Vaccine operations Central Provinces 1886-1899 - 1886-1899
Year: 1886
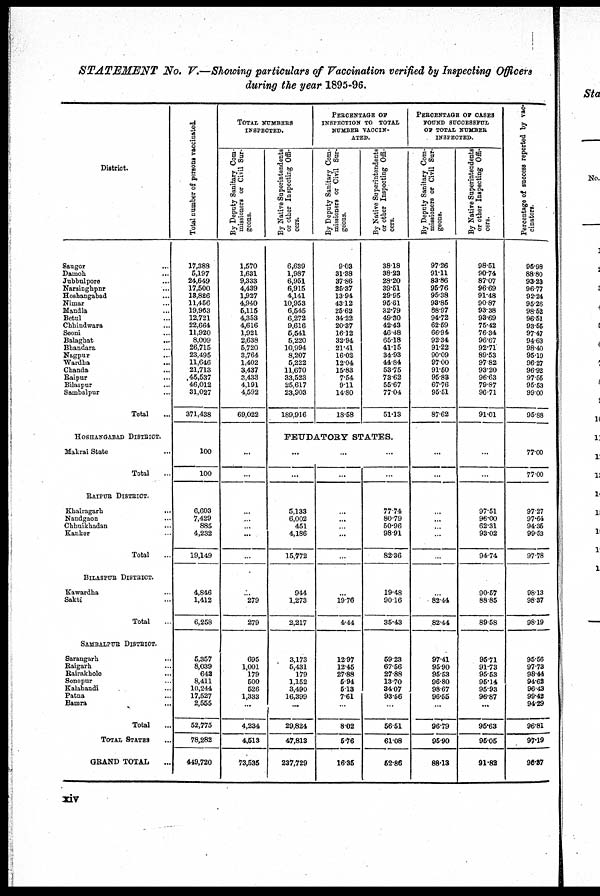
STATEMENT No. V.—Showing particulars of Vaccination verified by Inspecting Officers
during the year 1895-96.
District.
Saugor ...
Damoh ...
Jubbulpore ...
Narsinghpur ...
Hoshangabad ...
Nimar ...
Mandla ...
Betul ...
Chhindwara ...
Seoni ...
Balaghat ...
Bhandara ...
Nagpur ...
Wardha ...
Chanda ...
Baipur ...
Bilaspur ...
Sambalpur ...
Total ...
HOSHANGABAD DISTRICT.
Makrai State ...
Total ...
RAIPUR DISTRICT.
Khairagarh
...
Nandgaon ...
Chhuikhadan ...
Kanker ...
Total ...
BILASPUR DISTRICT.
Kawardha...
Sakti ...
Total ...
SAMBALPUR DISTRICT.
Sarangarh
...
Raigarh ...
Rairakhole ...
Sonepur ...
Kalahandi ...
Patna ...
Bamra ...
Total ...
TOTAL STATES ...
GRAND TOTAL ...
Total number of persons vaccinated.
17,388
5,197
24,649
17,500
13,826
11,456
19,963
12,721
22,664
11,920
8,009
26,715
23,495
11,646
21,713
45,537
46,012
31,027
371,438
100
100
6,603
7,429
885
4,232
19,149
4,846
1,412
6,258
5,357
8,039
642
8,411
10,244
17,527
2,555
52,775
78,282
449,720
TOTAL NUMBERS
INSPECTED.
By Deputy Sanitary Com-
missioners or Civil Sur-
geons.
1,570
1,631
9,333
4,439
1,927
4,940
5,115
4,353
4,616
1,921
2,638
5,720
3,764
1,402
3,437
3,433
4,191
4,592
69,022
...
...
...
...
...
...
...
...
279
279
695
1,001
179
500
526
1,333
...
4,234
4,513
73,535
By Native Superintendents
or other Inspecting Offi-
cers.
6,639
1,987
6,951
6,915
4,141
10,953
6,545
6,272
9,616
5,541
5,220
10,994
8,207
5,222
11,670
33,523
25,617
23,903
189,916
PERCENTAGE OF
INSPECTION TO TOTAL
NUMBER VACCIN-
ATED.
By Deputy Sanitary Com-
missioners or Civil Sur-
geons.
9.03
31.38
37.86
25.37
13.94
43.12
25.62
34.22
20.37
16.12
32.94
21.41
16.02
12.04
15.83
7.54
9.11
14.80
18.58
By Native Superintendents
or other Inspecting Offi-
cers.
38.18
38.23
28.20
39.51
29.95
95.61
32.79
49.30
42.43
46.48
65.18
41.15
34.93
44.84
53.75
73.62
55.67
77.04
51.13
FEUDATORY STATES.
...
...
5,133
6,002
451
4,186
15,772
944
1,273
2,217
3,173
5,431
179
1,152
3,490
16,399
...
29,824
47,813
237,729
...
...
...
...
...
...
...
...
19.76
4.44
12.97
12.45
27.88
5.94
5.13
7.61
...
8.02
5.76
16.35
...
...
77.74
80.79
50.96
98.91
82.36
19.48
90.16
35.43
59.23
67.56
27.88
13.70
34.07
93.56
...
56.51
61.08
52.86
PERCENTAGE OF CASES
FOUND SUCCESSFUL
OF TOTAL NUMBER
INSPECTED.
By Deputy Sanitary Com-
missioners or Civil Sur-
geons.
97.26
91.11
83.86
95.76
95.38
93.85
88.97
94.72
62.59
66.94
92.34
91.22
90.09
97.00
91.50
95.88
67.76
95.51
87.62
...
...
...
...
...
...
...
...
82.44
82.44
97.41
95.90
95.53
96.80
98.67
96.55
...
96.79
95.90
88.13
By Native Superintendents
or other Inspecting Offi-
cers.
98.51
90.74
87.07
96.69
91.48
90.87
93.38
93.69
75.42
76.34
96.67
92.71
89.53
97.82
93.20
96.63
79.87
96.71
91.01
...
...
97.51
96.00
62.31
93.02
94.74
90.57
88.85
89.58
95.71
91.73
95.53
95.14
95.93
96.87
...
95.63
96.05
91.82
Percentage of success reported by vac-
cinators.
95.98
88.80
93.23
96.77
92.24
95.26
98.52
96.51
93.55
97.47
94.63
98.40
95.19
96.27
96.92
97.55
95.53
99.00
95.88
77.00
77.00
97.27
97.64
94.35
99.53
97.78
98.13
98.37
98.19
95.56
97.73
98.44
94.62
96.43
99.42
94.29
96.81
97.19
96.37
xiv